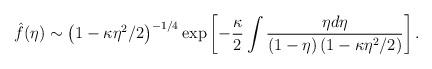
LaTeX: \begin{align*}\hat f(\eta) \sim \left(1-\kappa\eta^2/2\right)^{-1/4} \exp \left[ -\frac{\kappa}2 \int \frac{\eta d\eta}{(1-\eta) \left(1-\kappa\eta^2/2\right)}\right].\end{align*}